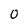
Character: 0